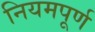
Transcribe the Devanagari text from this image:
नियमपूर्ण